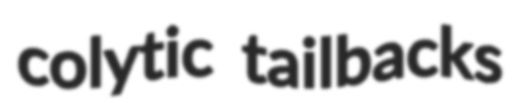
colytic tailbacks